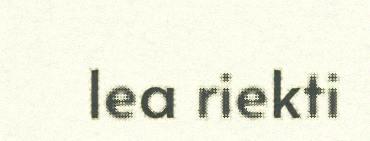
lea riekti